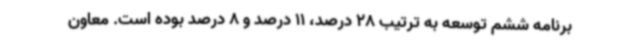
برنامه ششم توسعه به ترتیب 28 درصد، 11 درصد و 8 درصد بوده است. معاون